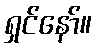
ရှင်နော်။